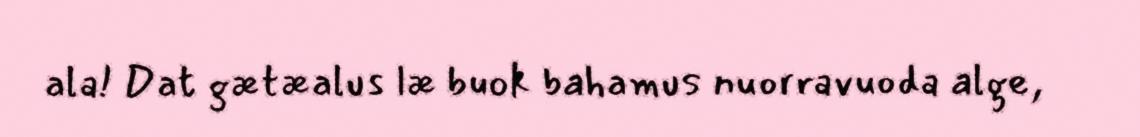
ala! Dat gætæalus læ buok bahamus nuorravuoda alge,